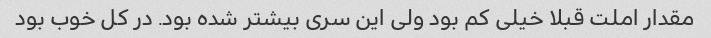
مقدار املت قبلا خیلی کم بود ولی این سری بیشتر شده بود. در کل خوب بود